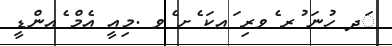
ަދ ހުނަ ުރ ެވރި ައކަ ެށ ެވ .މިއީ އެމް ެއންޑީ